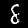
Label: 8